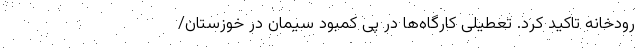
رودخانه تاکید کرد. تعطیلی کارگاه‌ها در پی کمبود سیمان در خوزستان/